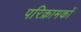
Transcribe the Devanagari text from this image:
परिक्रामकों